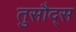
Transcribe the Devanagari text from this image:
तुसौद्स